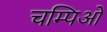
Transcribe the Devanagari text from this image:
चम्पिओं